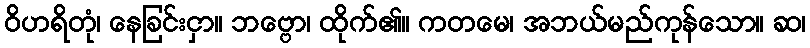
ဝိဟရိတုံ၊ နေခြင်းငှာ။ ဘဗ္ဗော၊ ထိုက်၏။ ကတမေ၊ အဘယ်မည်ကုန်သော။ ဆ၊